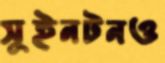
সুইনটনও